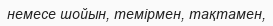
немесе шойын, темірмен, тақтамен,